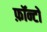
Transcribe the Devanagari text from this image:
फ़ॉन्टों